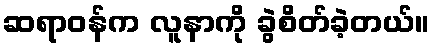
ဆရာဝန်က လူနာကို ခွဲစိတ်ခဲ့တယ်။